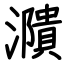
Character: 濻